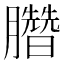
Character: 𣎯